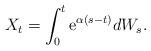
LaTeX: \begin{align*}X_t = \int_0^t\mathrm{e}^{\alpha(s-t)}dW_s.\end{align*}